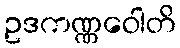
ဥဒကဏ္ဏဝေါတိ